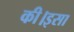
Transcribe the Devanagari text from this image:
की।इसा